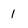
Character: 1